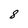
Character: 8